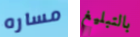
مساره بالتبليغ